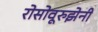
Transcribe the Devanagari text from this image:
रोसोवूरुझेनी